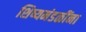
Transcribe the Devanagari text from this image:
शिष्यमंडळींना